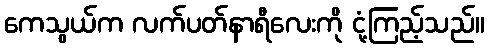
ကေသွယ်က လက်ပတ်နာရီလေးကို ငုံ့ကြည့်သည်။